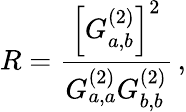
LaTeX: R=\frac{\left[G_{a,b}^{(2)}\right]^{2}}{G_{a,a}^{(2)}G_{b,b}^{(2)}}\, ,